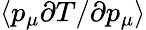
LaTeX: \langle p_{\mu}\partial T/\partial p_{\mu}\rangle